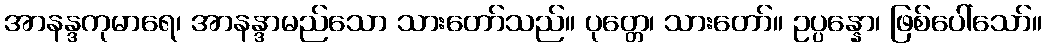
အာနန္ဒကုမာရေ၊ အာနန္ဒာမည်သော သားတော်သည်။ ပုတ္တေ၊ သားတော်။ ဥပ္ပန္နော၊ ဖြစ်ပေါ်သော်။